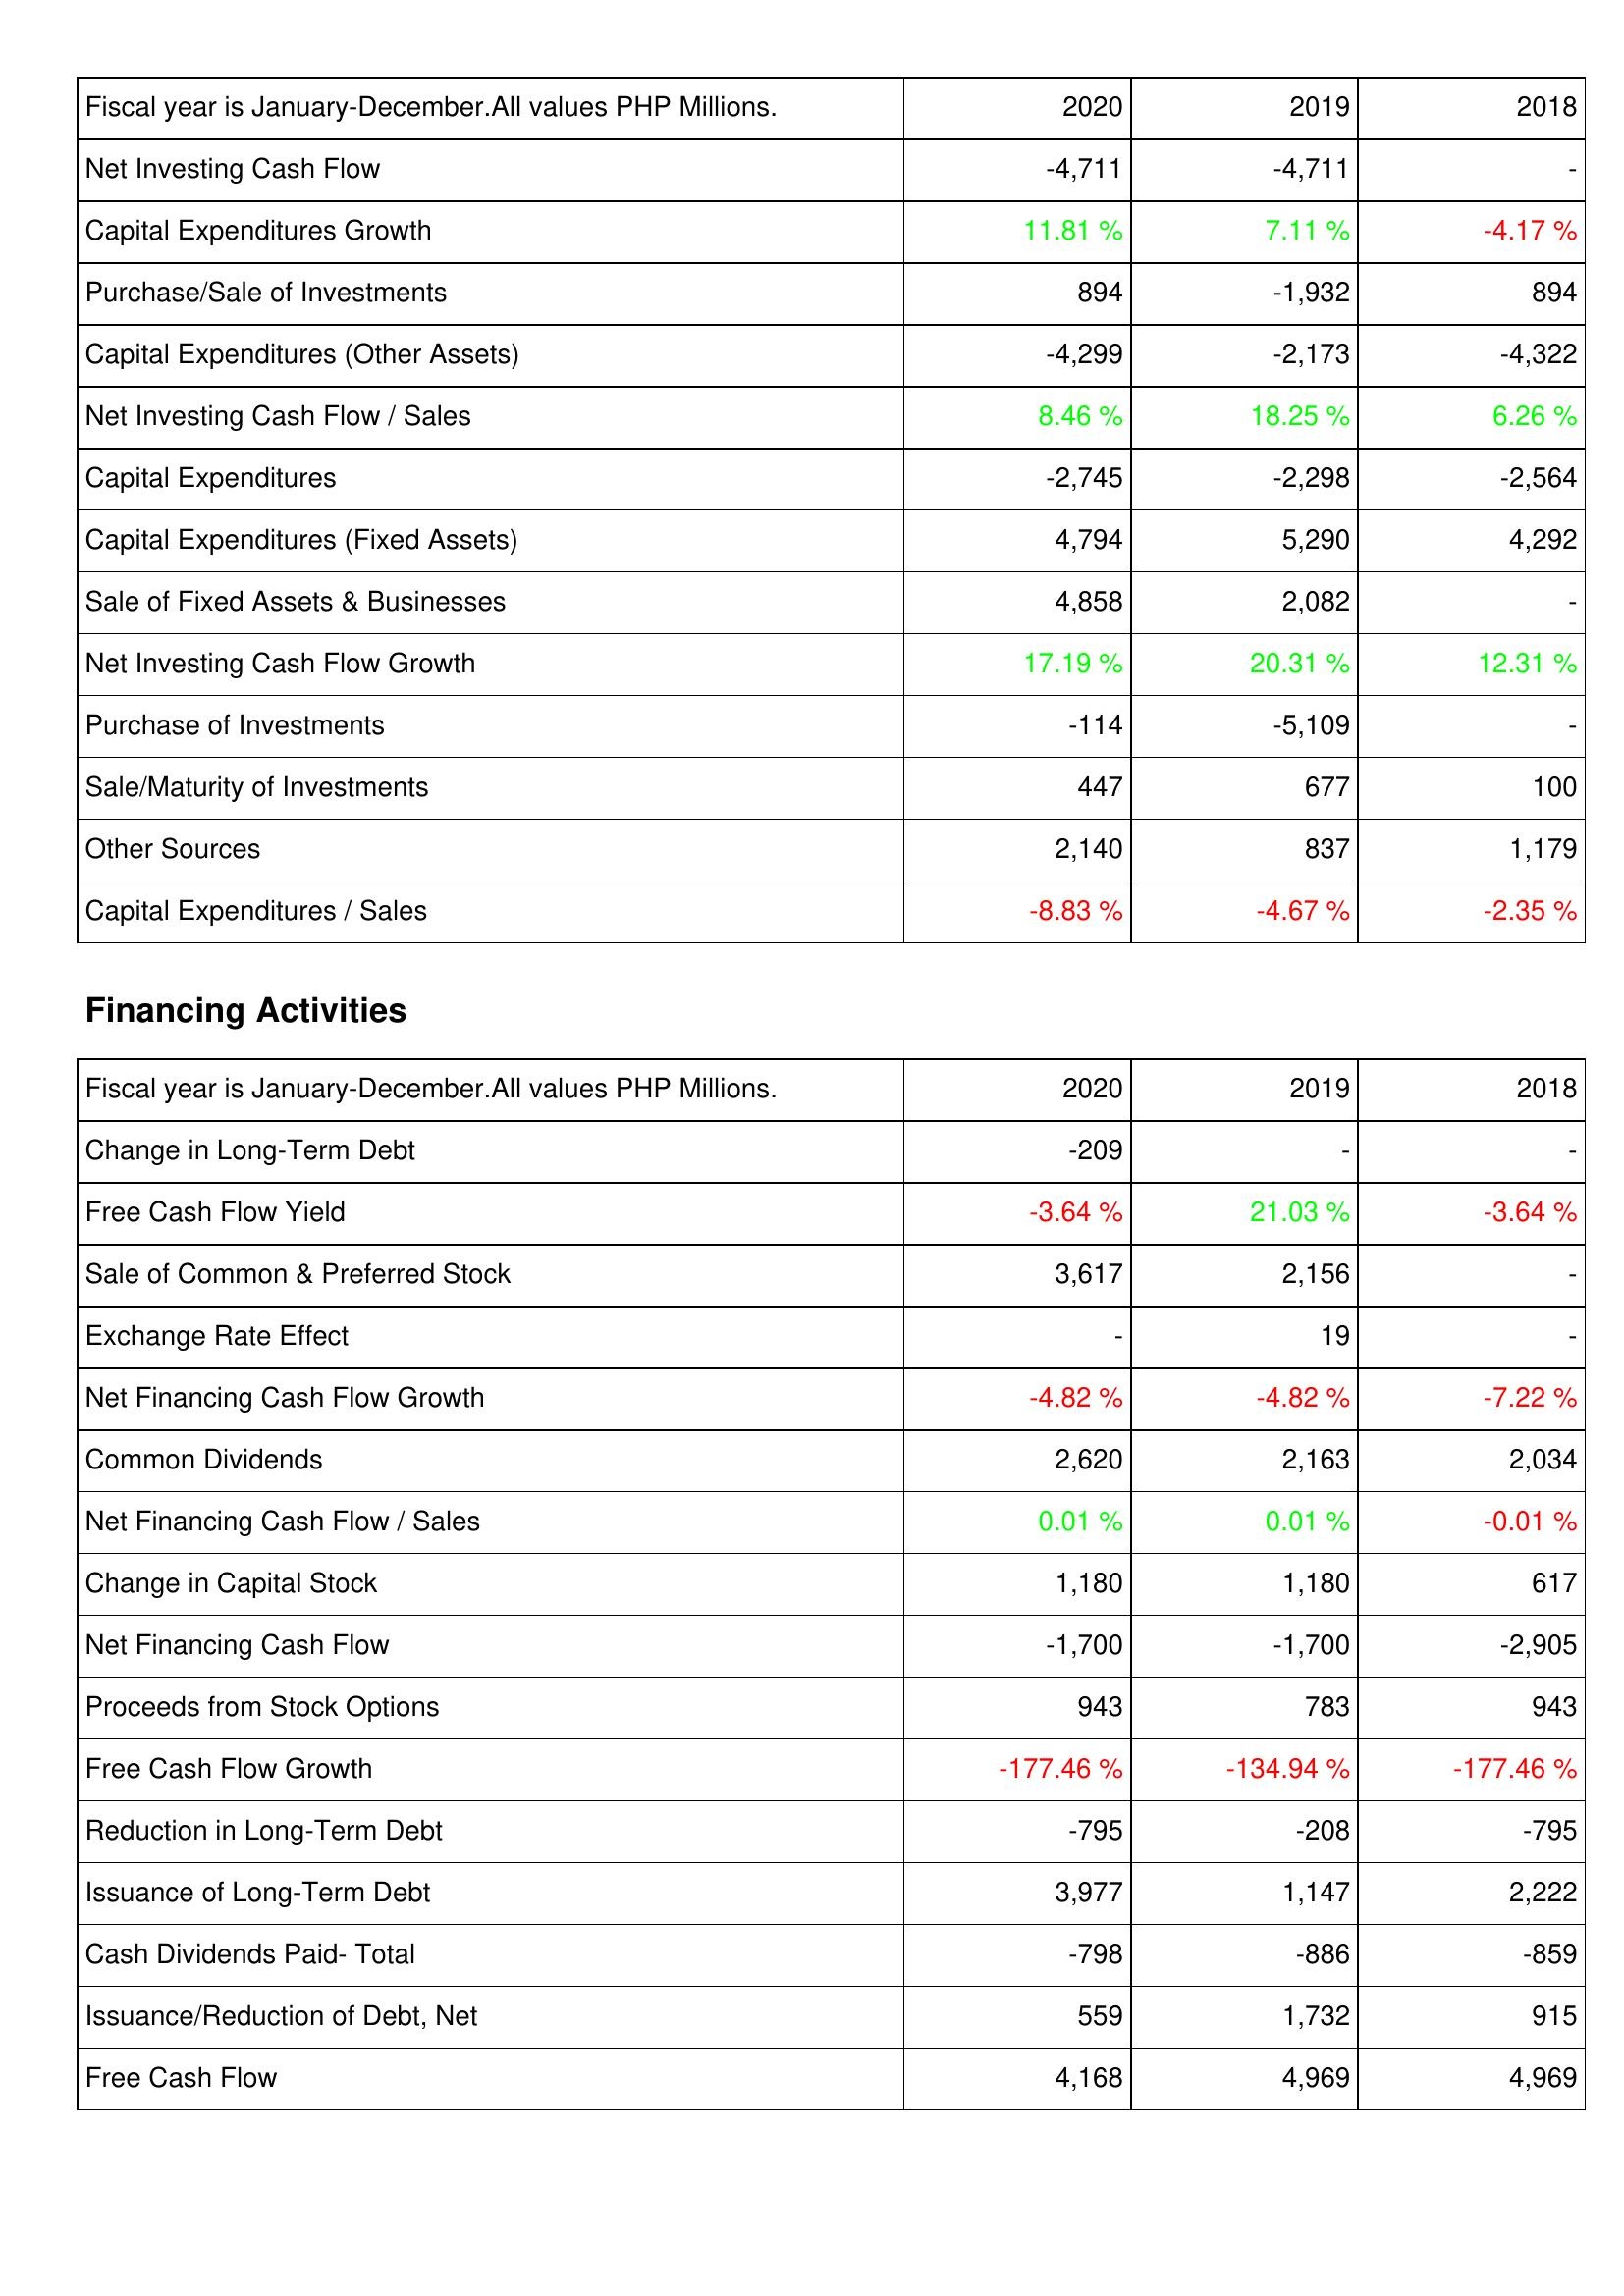
2020: Investing Activities: Net Investing Cash Flow: -4,711
Capital Expenditures Growth: 11.81 %
Purchase/Sale of Investments: 894
Capital Expenditures (Other Assets): -4,299
Net Investing Cash Flow / Sales: 8.46 %
Capital Expenditures: -2,745
Capital Expenditures (Fixed Assets): 4,794
Sale of Fixed Assets & Businesses: 4,858
Net Investing Cash Flow Growth: 17.19 %
Purchase of Investments: -114
Sale/Maturity of Investments: 447
Other Sources: 2,140
Capital Expenditures / Sales: -8.83 %
Financing Activities: Change in Long-Term Debt: -209
Free Cash Flow Yield: -3.64 %
Sale of Common & Preferred Stock: 3,617
Exchange Rate Effect: -
Net Financing Cash Flow Growth: -4.82 %
Common Dividends: 2,620
Net Financing Cash Flow / Sales: 0.01 %
Change in Capital Stock: 1,180
Net Financing Cash Flow: -1,700
Proceeds from Stock Options: 943
Free Cash Flow Growth: -177.46 %
Reduction in Long-Term Debt: -795
Issuance of Long-Term Debt: 3,977
Cash Dividends Paid- Total: -798
Issuance/Reduction of Debt, Net: 559
Free Cash Flow: 4,168
2019: Investing Activities: Net Investing Cash Flow: -4,711
Capital Expenditures Growth: 7.11 %
Purchase/Sale of Investments: -1,932
Capital Expenditures (Other Assets): -2,173
Net Investing Cash Flow / Sales: 18.25 %
Capital Expenditures: -2,298
Capital Expenditures (Fixed Assets): 5,290
Sale of Fixed Assets & Businesses: 2,082
Net Investing Cash Flow Growth: 20.31 %
Purchase of Investments: -5,109
Sale/Maturity of Investments: 677
Other Sources: 837
Capital Expenditures / Sales: -4.67 %
Financing Activities: Change in Long-Term Debt: -
Free Cash Flow Yield: 21.03 %
Sale of Common & Preferred Stock: 2,156
Exchange Rate Effect: 19
Net Financing Cash Flow Growth: -4.82 %
Common Dividends: 2,163
Net Financing Cash Flow / Sales: 0.01 %
Change in Capital Stock: 1,180
Net Financing Cash Flow: -1,700
Proceeds from Stock Options: 783
Free Cash Flow Growth: -134.94 %
Reduction in Long-Term Debt: -208
Issuance of Long-Term Debt: 1,147
Cash Dividends Paid- Total: -886
Issuance/Reduction of Debt, Net: 1,732
Free Cash Flow: 4,969
2018: Investing Activities: Net Investing Cash Flow: -
Capital Expenditures Growth: -4.17 %
Purchase/Sale of Investments: 894
Capital Expenditures (Other Assets): -4,322
Net Investing Cash Flow / Sales: 6.26 %
Capital Expenditures: -2,564
Capital Expenditures (Fixed Assets): 4,292
Sale of Fixed Assets & Businesses: -
Net Investing Cash Flow Growth: 12.31 %
Purchase of Investments: -
Sale/Maturity of Investments: 100
Other Sources: 1,179
Capital Expenditures / Sales: -2.35 %
Financing Activities: Change in Long-Term Debt: -
Free Cash Flow Yield: -3.64 %
Sale of Common & Preferred Stock: -
Exchange Rate Effect: -
Net Financing Cash Flow Growth: -7.22 %
Common Dividends: 2,034
Net Financing Cash Flow / Sales: -0.01 %
Change in Capital Stock: 617
Net Financing Cash Flow: -2,905
Proceeds from Stock Options: 943
Free Cash Flow Growth: -177.46 %
Reduction in Long-Term Debt: -795
Issuance of Long-Term Debt: 2,222
Cash Dividends Paid- Total: -859
Issuance/Reduction of Debt, Net: 915
Free Cash Flow: 4,969